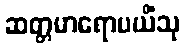
ဆတ္တမာရောပယိံသု